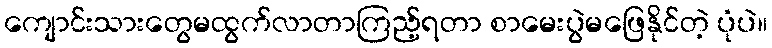
ကျောင်းသားတွေမထွက်လာတာကြည့်ရတာ စာမေးပွဲမဖြေနိုင်တဲ့ ပုံပဲ။